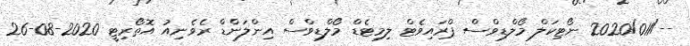
--/2020/011 ނޯޓިކަލް މޯލްޑިވްސް ޕްރައިވެޓް ލިމިޓެޑް މޯލްޑިވްސް އިންލަންޑް ރެވެނިއު އޮތޯރިޓީ 2020-08-26